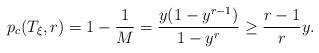
LaTeX: \begin{align*} p_c(T_\xi,r) = 1-\frac{1}{M} = \frac{y(1-y^{r-1})}{1-y^r} \geq \frac{r-1}{r} y.\end{align*}